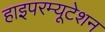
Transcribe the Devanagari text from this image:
हाइपरम्यूटेशन